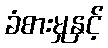
ခံစားမှုနှင့်